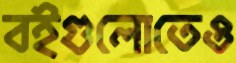
বইগুলোতেও